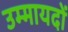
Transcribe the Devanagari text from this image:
उम्मायदों